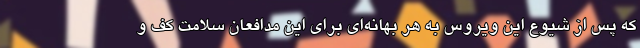
که پس از شیوع این ویروس به هر بهانه‌ای برای این مدافعان سلامت کف و